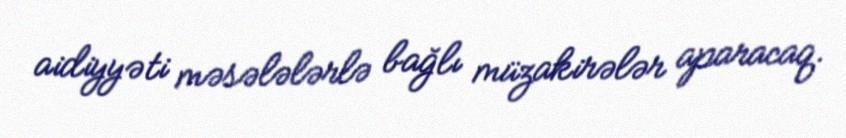
aidiyyəti məsələlərlə bağlı müzakirələr aparacaq.